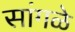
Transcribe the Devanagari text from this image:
सांगळे